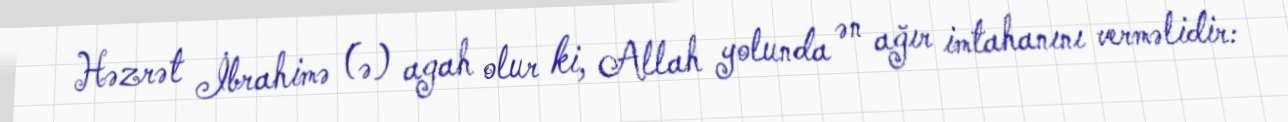
Həzrət İbrahimə (ə) agah olur ki, Allah yolunda ən ağır imtahanını verməlidir: